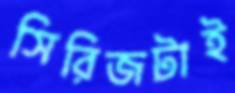
সিরিজটাই